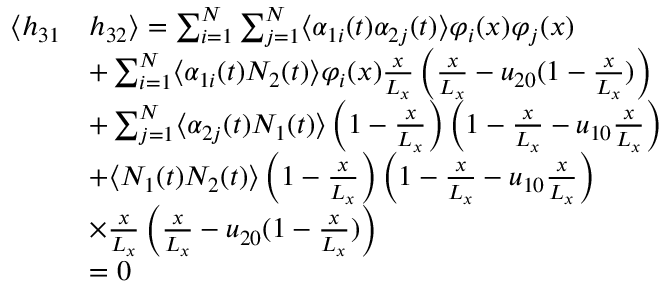
\begin{array} { r l } { \langle h _ { 3 1 } } & { h _ { 3 2 } \rangle = \sum _ { i = 1 } ^ { N } \sum _ { j = 1 } ^ { N } \langle \alpha _ { 1 i } ( t ) \alpha _ { 2 j } ( t ) \rangle \varphi _ { i } ( x ) \varphi _ { j } ( x ) } \\ & { + \sum _ { i = 1 } ^ { N } \langle \alpha _ { 1 i } ( t ) N _ { 2 } ( t ) \rangle \varphi _ { i } ( x ) \frac { x } { L _ { x } } \left( \frac { x } { L _ { x } } - u _ { 2 0 } ( 1 - \frac { x } { L _ { x } } ) \right) } \\ & { + \sum _ { j = 1 } ^ { N } \langle \alpha _ { 2 j } ( t ) N _ { 1 } ( t ) \rangle \left( 1 - \frac { x } { L _ { x } } \right) \left( 1 - \frac { x } { L _ { x } } - u _ { 1 0 } \frac { x } { L _ { x } } \right) } \\ & { + \langle N _ { 1 } ( t ) N _ { 2 } ( t ) \rangle \left( 1 - \frac { x } { L _ { x } } \right) \left( 1 - \frac { x } { L _ { x } } - u _ { 1 0 } \frac { x } { L _ { x } } \right) } \\ & { \times \frac { x } { L _ { x } } \left( \frac { x } { L _ { x } } - u _ { 2 0 } ( 1 - \frac { x } { L _ { x } } ) \right) } \\ & { = 0 } \end{array}